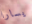
يسارا